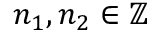
n _ { 1 } , n _ { 2 } \in \mathbb { Z }